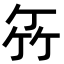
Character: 𥫮